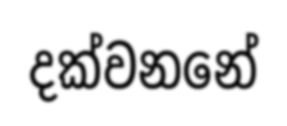
දක්වනනේ